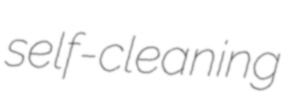
self-cleaning